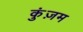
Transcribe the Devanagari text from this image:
कुंज़म